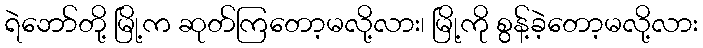
ရဲဘော်တို့ မြို့က ဆုတ်ကြတော့မလို့လား၊ မြို့ကို စွန့်ခဲ့တော့မလို့လား